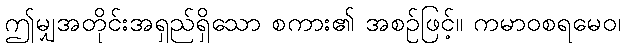
ဤမျှအတိုင်းအရှည်ရှိသော စကား၏ အစဉ်ဖြင့်။ ကမာဝစရမေဝ၊